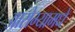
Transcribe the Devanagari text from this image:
आरोग्यामधे